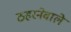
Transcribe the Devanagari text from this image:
ठहरनेवाले